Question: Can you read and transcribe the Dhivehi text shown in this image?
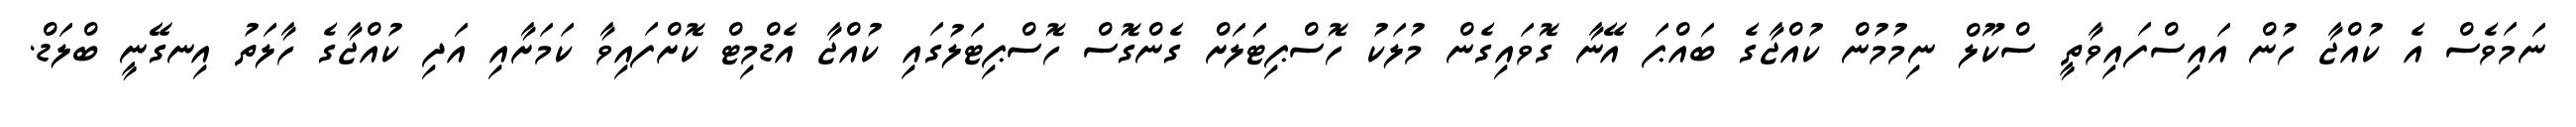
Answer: ނަމަވެސް އެ ކުއްޖާ ހުން އައިސްފައިވާތީ ސްކޫލް ނިމުމުން ކުއްޖާގެ ބައްޕަ އޭނާ ގޮވައިގެން މުލަކު ހޮސްޕިޓަަލަށް ގެންގޮސް ހޮސްޕިޓަލުގައި ކުއްޖާ އެޑްމިޓް ކޮށްފައިވާ ކަމަށާއި އަދި ކުއްޖާގެ ހާލަތު އިނގޭނީ ބްލަޑް.